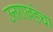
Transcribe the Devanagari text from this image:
उत्तराखंडचा